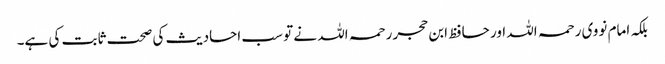
بلکہ امام نووی رحمہ اللہ اور حافظ ابن حجر رحمہ اللہ نے تو سب احادیث کی صحت ثابت کی ہے۔